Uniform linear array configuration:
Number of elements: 64
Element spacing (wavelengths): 0.75
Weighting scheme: exponential
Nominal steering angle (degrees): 45
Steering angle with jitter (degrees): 46.455
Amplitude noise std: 0.05
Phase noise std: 0.05

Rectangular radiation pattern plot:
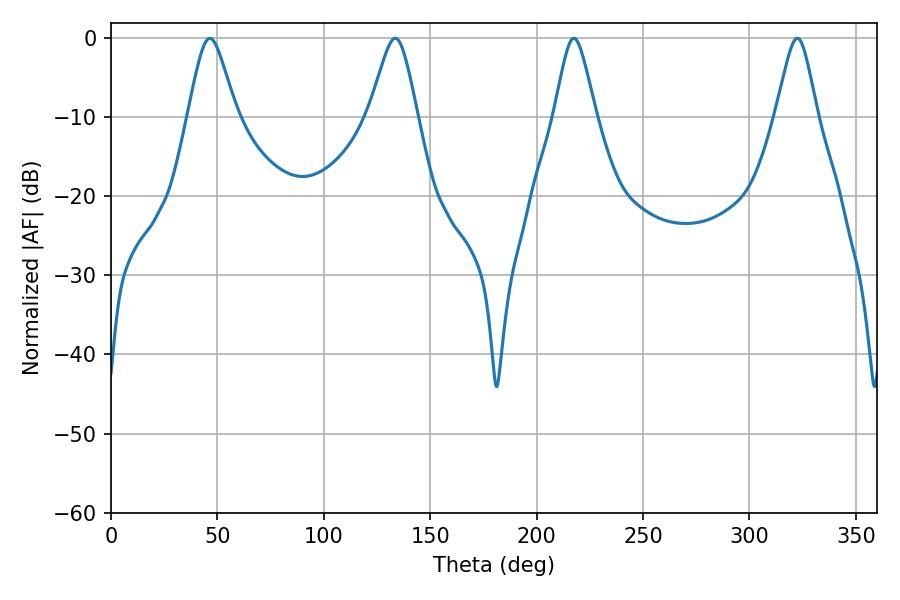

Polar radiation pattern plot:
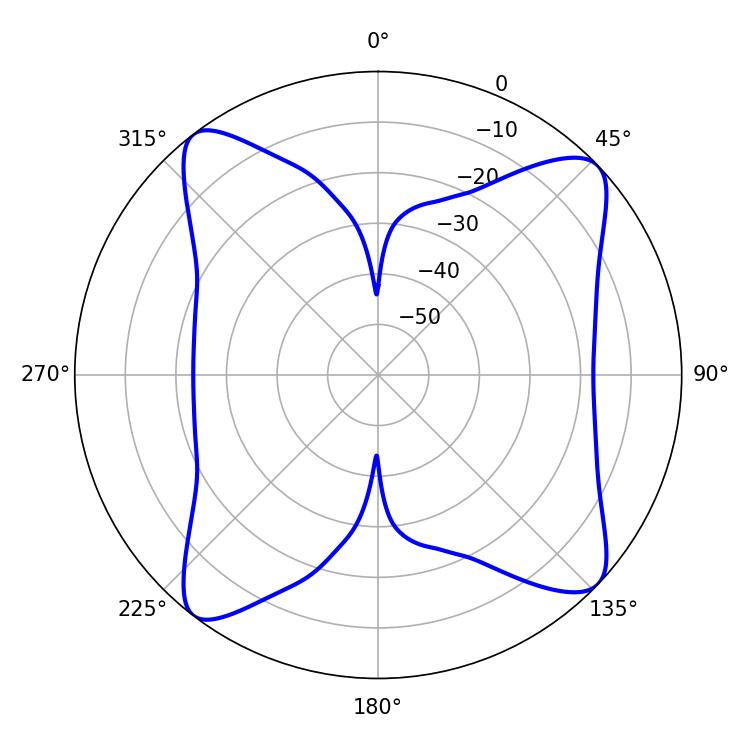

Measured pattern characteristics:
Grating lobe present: TRUE
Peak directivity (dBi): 12.694
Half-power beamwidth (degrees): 10.98
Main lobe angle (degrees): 46.44